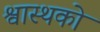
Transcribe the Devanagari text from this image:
श्वास्थको